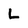
Character: L